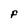
Character: F